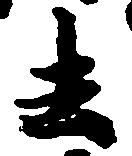
去